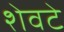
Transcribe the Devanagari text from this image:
शेवटे